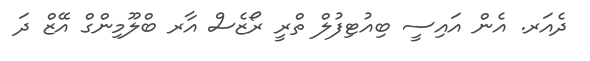
ދެއަރ. އެން އައިސީ ބިއުޓިފުލް ތްރީ ރޯޒެސް އާރ ބްލޫމިންގް އޭޒް ދަ